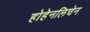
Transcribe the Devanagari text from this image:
होहेनलिचेन